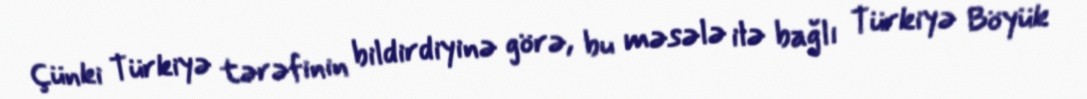
Çünki Türkiyə tərəfinin bildirdiyinə görə, bu məsələ ilə bağlı Türkiyə Böyük